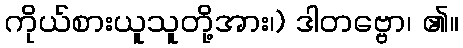
ကိုယ်စားယူသူတို့အား၊) ဒါတဗ္ဗော၊ ၏။